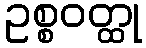
ဥစ္စဝတ္ထု